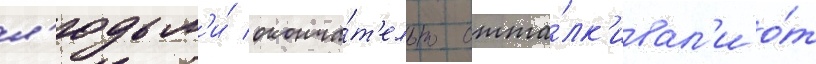
л'юдьм'и́ оконча́т'ельно отта́лк'ивал'и о́т